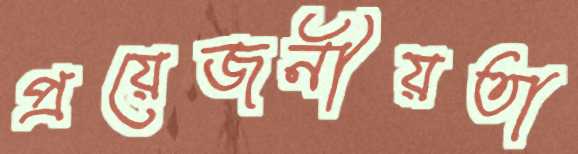
প্রয়েজনীয়তা